Scottish Leaving Certificate Examination, 1953
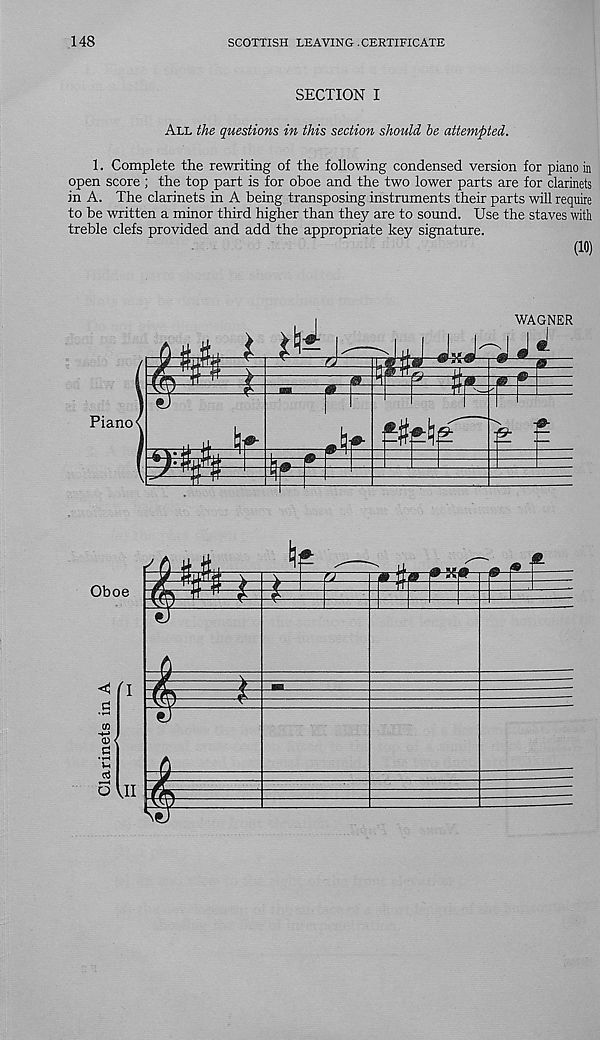
148
SCOTTISH LEAVING .CERTIFICATE
SECTION I
All the questions in this section should he attempted.
1. Complete the rewriting of the following condensed version for piano in
open score ; the top part is for oboe and the two lower parts are for clarinets
in A. The clarinets in A being transposing instruments their parts will require
to be written a minor third higher than they are to sound. Use the staves with
treble clefs provided and add the appropriate key signature.
(10)